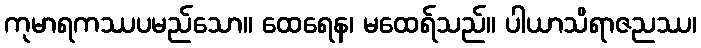
ကုမာရကဿပမည်သော။ ထေရေန၊ မထေရ်သည်။ ပါယာသိရာဇညဿ၊